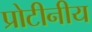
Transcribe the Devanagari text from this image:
प्रोटीनीय